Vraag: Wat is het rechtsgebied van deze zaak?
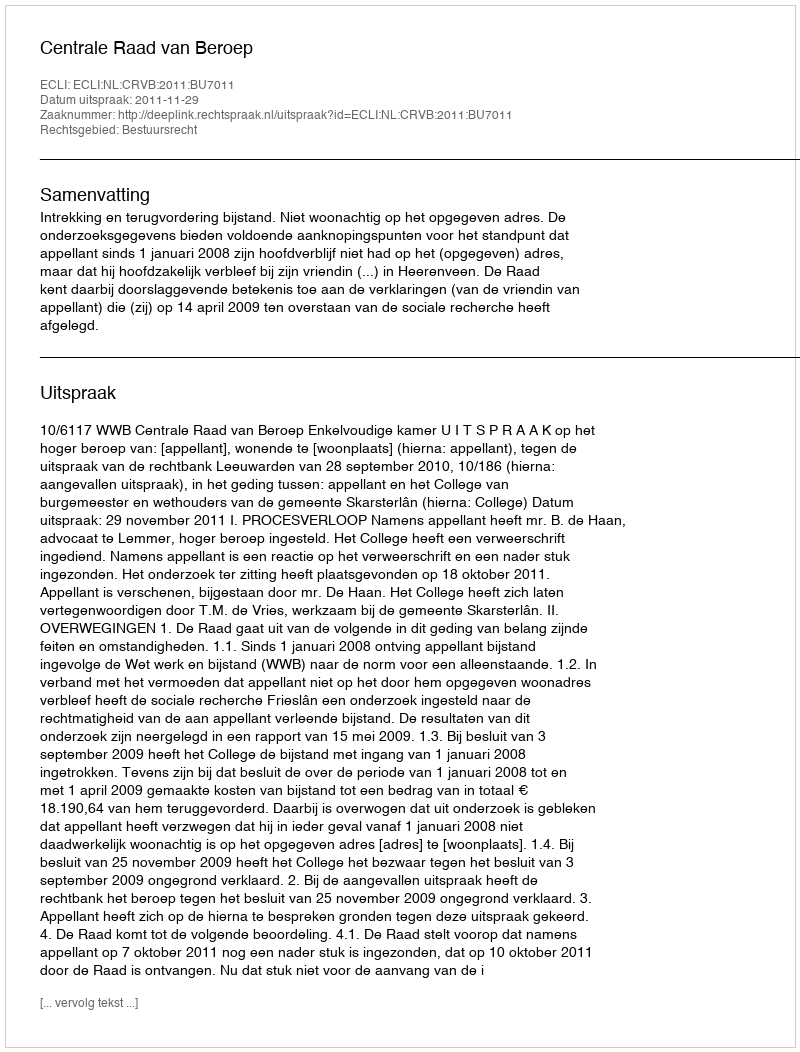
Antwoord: Bestuursrecht